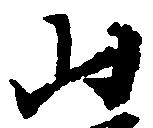
山